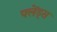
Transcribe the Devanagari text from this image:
फ्लेंड्स